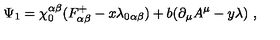
\Psi _ { 1 } = \chi _ { 0 } ^ { \alpha \beta } ( F _ { \alpha \beta } ^ { + } - x \lambda _ { 0 \alpha \beta } ) + b ( \partial _ { \mu } A ^ { \mu } - y \lambda ) \ ,